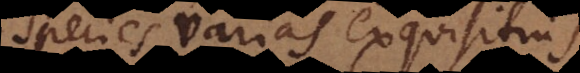
pecies varias exquisitius